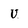
Character: U